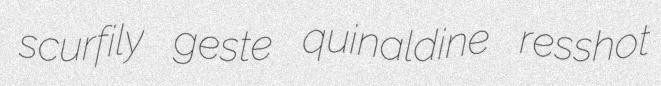
scurfily geste quinaldine resshot